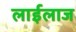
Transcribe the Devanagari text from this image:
लाईलाज